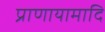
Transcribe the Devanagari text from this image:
प्राणायामादि